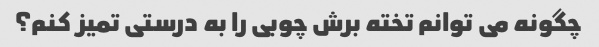
چگونه می توانم تخته برش چوبی را به درستی تمیز کنم؟